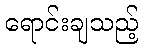
ရောင်းချသည့်